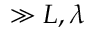
\gg L , \lambda